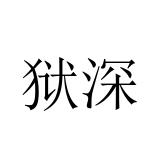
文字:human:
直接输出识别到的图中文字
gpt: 狱深